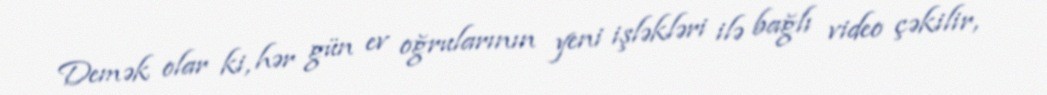
Demək olar ki, hər gün ev oğrularının yeni işləkləri ilə bağlı video çəkilir,